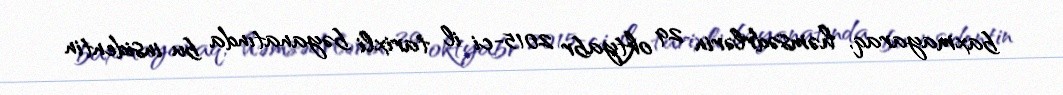
baxmayaraq, həmsədrlərin 29 oktyabr 2015-ci il tarixli bəyanatında bu insidentin